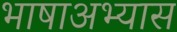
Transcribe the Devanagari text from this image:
भाषाअभ्यास